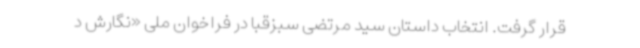
قرار گرفت. انتخاب داستان سید مرتضی سبزقبا در فراخوان ملی «نگارش د